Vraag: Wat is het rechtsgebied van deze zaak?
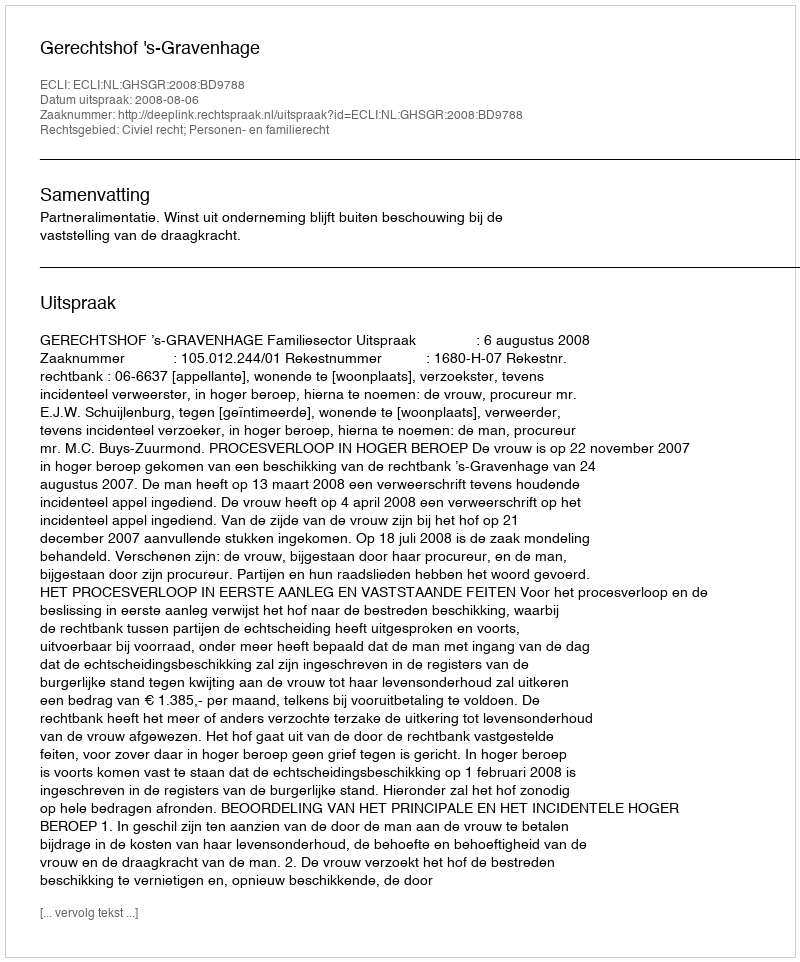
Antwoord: Civiel recht; Personen- en familierecht